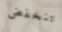
تنخفض